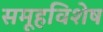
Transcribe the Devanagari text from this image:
समूहविशेष